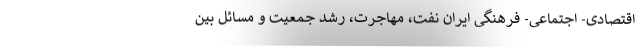
اقتصادی- اجتماعی- فرهنگی ایران نفت، مهاجرت، رشد جمعیت و مسائل بین